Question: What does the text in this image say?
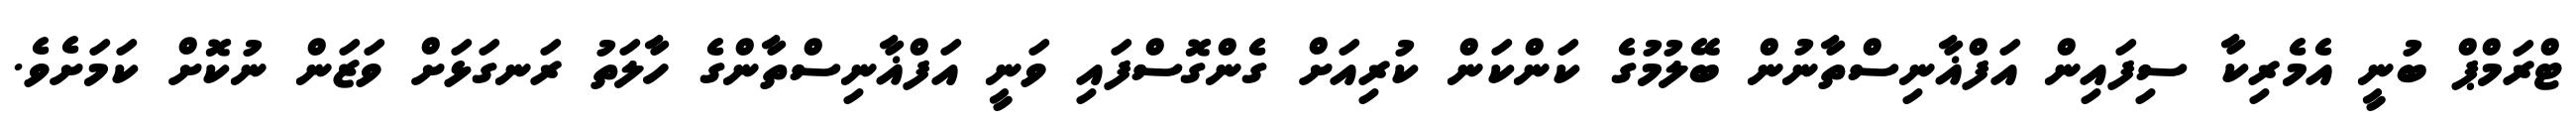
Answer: ޓްރަމްޕް ބުނީ އެމެރިކާ ސިފައިން އަފްޣާނިސްތާނުން ބޭލުމުގެ ކަންކަން ކުރިއަށް ގެންގޮސްފައި ވަނީ އަފްޣާނިސްތާންގެ ހާލަތު ރަނގަޅަށް ވަޒަން ނުކޮށް ކަމަށެވެ.